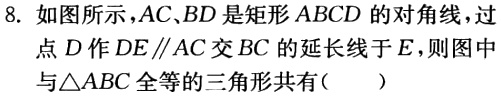
8. 如图所示，$AC,BD$是矩形$ABCD$的对角线，过点$D$作$DE\parallel AC$交$BC$的延长线于$E$，则图中与$\triangle ABC$全等的三角形共有（  ）